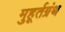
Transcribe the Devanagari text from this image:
मुहूर्तग्रंथ